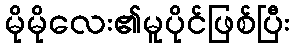
မိုမိုလေး၏မူပိုင်ဖြစ်ပြီး